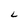
Character: L